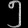
Digit: ၅